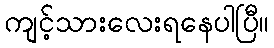
ကျင့်သားလေးရနေပါပြီ။